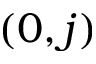
\left( 0 , j \right)